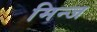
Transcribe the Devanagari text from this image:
मिन्ज